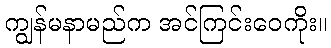
ကျွန်မနာမည်က အင်ကြင်းဝေကိုး။